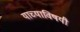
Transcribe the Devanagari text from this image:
याच्याविषयी